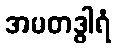
အမတဒွါရံ